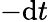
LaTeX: -\mathrm{d}t